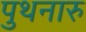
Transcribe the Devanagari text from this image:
पुथनारु